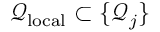
\mathcal { Q } _ { \mathrm { l o c a l } } \subset \{ \mathcal { Q } _ { j } \}